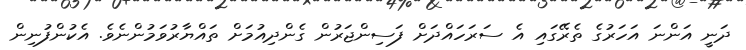
ދަނީ އަންނަ އަހަރުގެ ތެރޭގައި އެ ސަރަހައްދަށް ފަސިންޖަރުން ގެންދިއުމަށް ތައްޔާރުވަމުންނެވެ. އެކުންފުނިން